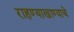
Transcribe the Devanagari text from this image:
राहण्याखाण्याचे